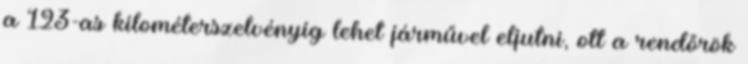
a 123-as kilométerszelvényig lehet járművel eljutni, ott a rendőrök